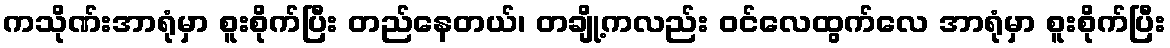
ကသိုဏ်းအာရုံမှာ စူးစိုက်ပြီး တည်နေတယ်၊ တချို့ကလည်း ဝင်လေထွက်လေ အာရုံမှာ စူးစိုက်ပြီး